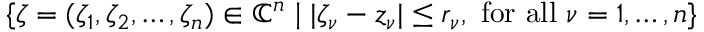
\{ \zeta = ( \zeta _ { 1 } , \zeta _ { 2 } , \dots , \zeta _ { n } ) \in { \mathbb { C } } ^ { n } \mid | \zeta _ { \nu } - z _ { \nu } | \leq r _ { \nu } , { \mathrm { ~ f o r ~ a l l ~ } } \nu = 1 , \dots , n \}